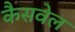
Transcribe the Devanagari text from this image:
कैसवेल